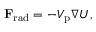
\mathbf { F } _ { \mathrm { r a d } } = - V _ { \mathrm { p } } \nabla U ,